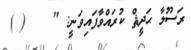
ރަސޫލާ ޙަދީޘް ކުރައްވާފައިވަނީ: "    ( )